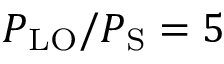
P _ { \mathrm { L O } } / P _ { \mathrm { S } } = 5